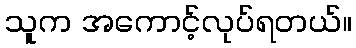
သူက အကောင့်လုပ်ရတယ်။